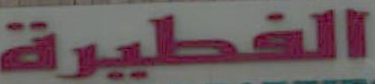
الفطيرة